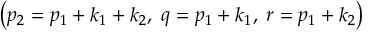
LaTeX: \left( p _ { 2 } = p _ { 1 } + k _ { 1 } + k _ { 2 } , \; q = p _ { 1 } + k _ { 1 } , \; r = p _ { 1 } + k _ { 2 } \right)